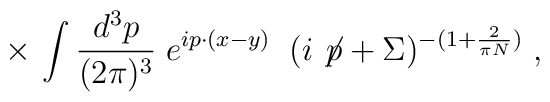
\times \, \int \frac{d^3 p}{(2\pi)^3}\; e^{i p \cdot (x-y) } \; \;( i \not \! p + \Sigma )^{-(1 + \frac{2}{\pi N})}\;,